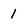
Character: 1